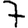
Digit: 7